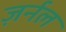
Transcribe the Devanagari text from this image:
ज़र्नल